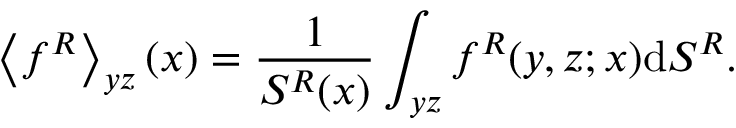
\left\langle f ^ { R } \right\rangle _ { y z } ( x ) = \frac { 1 } { S ^ { R } ( x ) } \int _ { y z } f ^ { R } ( y , z ; x ) \mathrm { d } S ^ { R } .